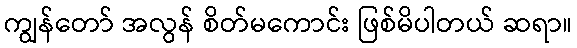
ကျွန်တော် အလွန် စိတ်မကောင်း ဖြစ်မိပါတယ် ဆရာ။